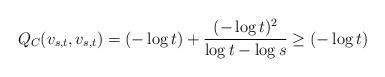
LaTeX: \begin{align*} Q_C(v_{s,t}, v_{s,t}) = (-\log t)+ \frac{(-\log t)^2}{\log t - \log s} \geq (-\log t) \end{align*}